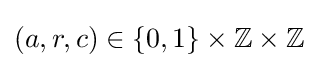
(a,r,c)\in \{0,1\}\times \mathbb {Z} \times \mathbb {Z}